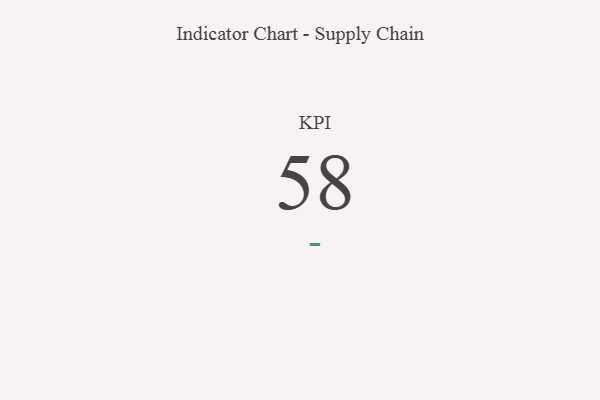
{"axis": {"x": "KPI", "y": "Value"}, "legend": [""], "data": [{"x": "KPI", "y": 58, "type": ""}]}